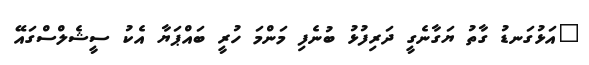
"އަޅުގަނޑު ގާތު ޔަގާނެގީ ދަރިފުޅު ބުނެފި މަންމަ ހުރީ ބައްޕަޔާ އެކު ސީޝެލްސްގައޭ